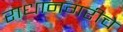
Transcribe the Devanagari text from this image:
राधानगरीचे